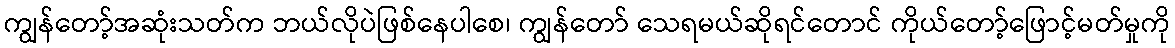
ကျွန်တော့်အဆုံးသတ်က ဘယ်လိုပဲဖြစ်နေပါစေ၊ ကျွန်တော် သေရမယ်ဆိုရင်တောင် ကိုယ်တော့်ဖြောင့်မတ်မှုကို